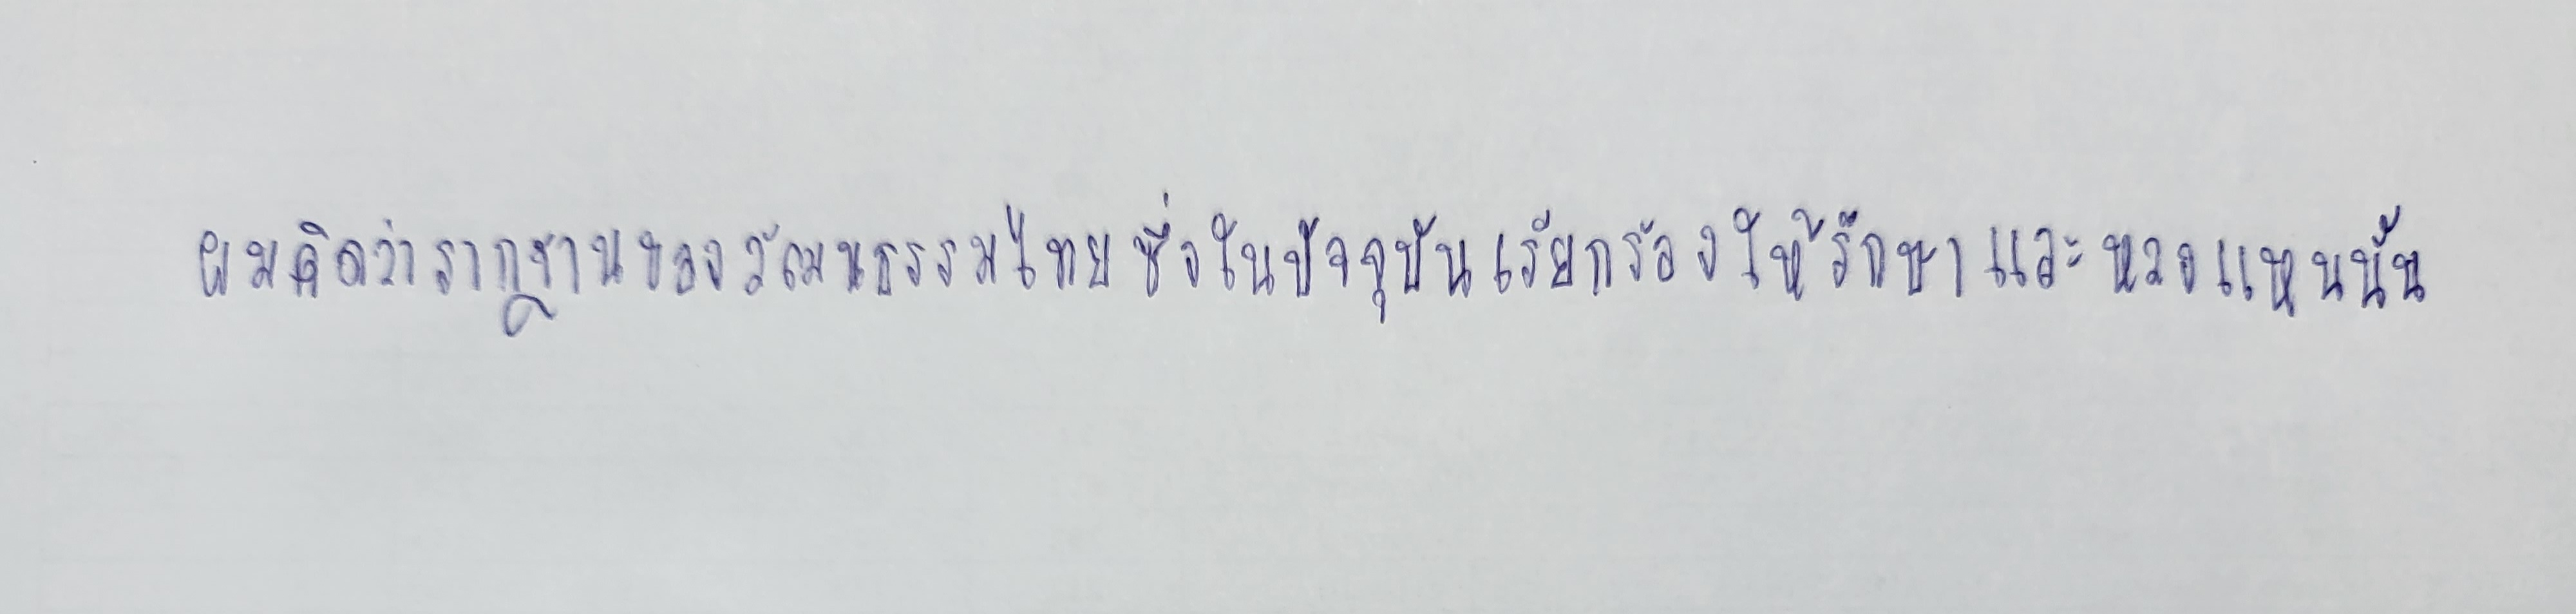
ผมคิดว่ารากฐานของวัฒนธรรมไทยซึ่งในปัจจุบันเรียกร้องให้รักษาและหวงแหนนั้น